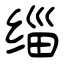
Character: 缁